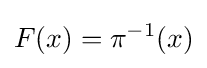
F(x)=\pi ^{-1}(x)